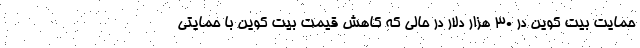
حمایت بیت کوین در ۳۰ هزار دلار در حالی که کاهش قیمت بیت کوین با حمایتی